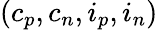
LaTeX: (c_{p},c_{n},i_{p},i_{n})